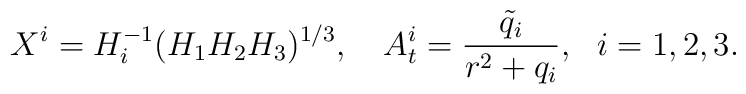
X^i = H_i^{-1}(H_1H_2 H_3)^{1/3}, \ \ \ A^i_t = \frac{\tilde q_i}{r^2 +q_i},\ \ i=1, 2, 3.